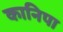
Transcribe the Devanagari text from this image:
कानिपा